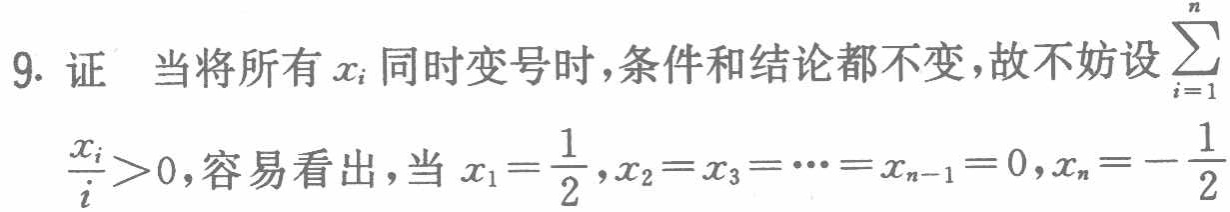
9. 证 当将所有 \(x_{i}\) 同时变号时，条件和结论都不变，故不妨设\(\sum_{i = 1}^{n}\)

\(\frac{x_{i}}{i}>0\)，容易看出，当 \(x_{1}=\frac{1}{2},x_{2}=x_{3}=\cdots=x_{n - 1}=0,x_{n}=-\frac{1}{2}\)